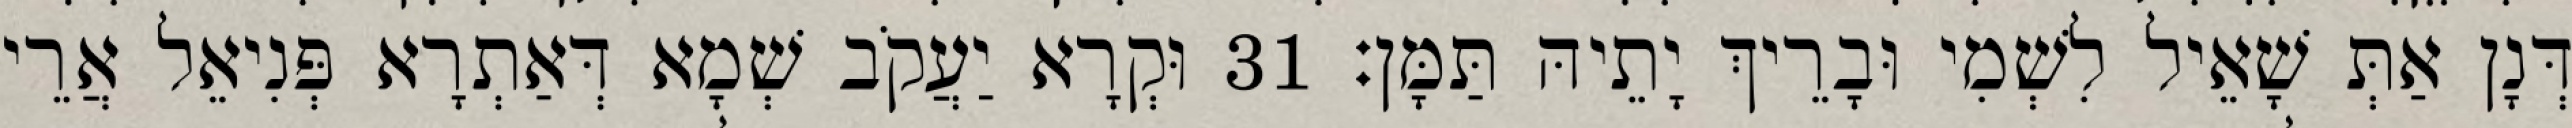
דְּנָן אַתְּ שָׁאֵיל לִשְׁמִי וּבָרֵיךְ יָתֵיהּ תַּמָּן׃ 31 וּקְרָא יַעֲקֹב שְׁמָא דְּאַתְרָא פְּנִיאֵל אֲרֵי